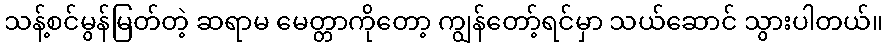
သန့်စင်မွန်မြတ်တဲ့ ဆရာမ မေတ္တာကိုတော့ ကျွန်တော့်ရင်မှာ သယ်ဆောင် သွားပါတယ်။